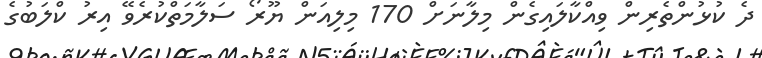
ދެ ކުޅުންތެރިން ވިއްކާލައިގެން މިލާނަށް 170 މިލިއަން ޔޫރޯ ސަލާމަތްކުރެވޭ އިރު ކްލަބުގެ